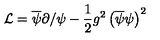
\mathcal { L } = \overline { { \psi } } \partial / \psi - \frac { 1 } { 2 } g ^ { 2 } \left( \overline { { \psi } } \psi \right) ^ { 2 }